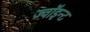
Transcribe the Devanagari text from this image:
ज्वॉइन्ट